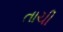
તાચી